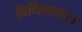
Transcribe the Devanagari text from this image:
विधिवाक्य।